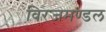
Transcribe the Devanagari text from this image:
विरजमण्डल